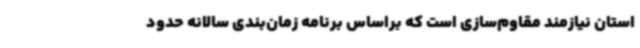
استان نیازمند مقاوم‌سازی است که براساس برنامه زمان‌بندی سالانه حدود